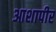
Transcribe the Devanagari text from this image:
आशापीर